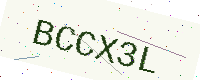
Text: BCCX3L